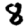
Digit: 8